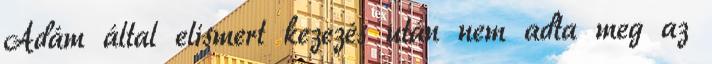
Ádám által elismert kezezés után nem adta meg az